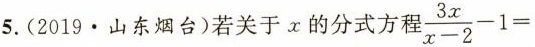
5.(2019·山东烟台)若关于x的分式方程$$\frac{3x}{x-2}-1=$$